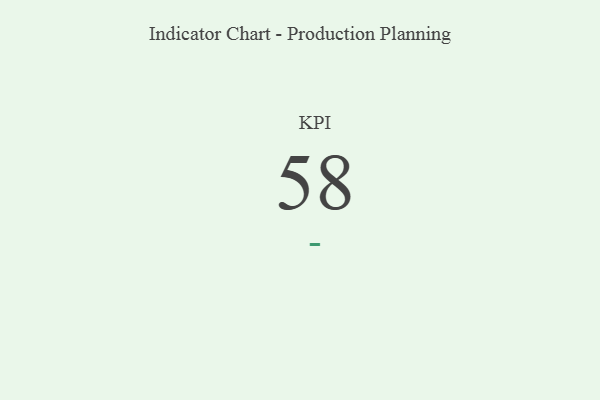
{"axis": {"x": "KPI", "y": "Value"}, "legend": [""], "data": [{"x": "KPI", "y": 58, "type": ""}]}